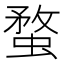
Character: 蝥